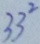
3 3 ^ { 2 }